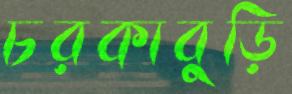
চরকাবুড়ি